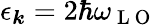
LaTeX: \epsilon_{\boldsymbol{k}}=2\hbar\omega_{\mathrm{~L~O~}}